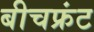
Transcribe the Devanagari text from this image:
बीचफ्रंट